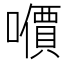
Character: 𰉀